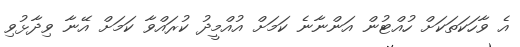
އެ ވާހަކަތަކަށް ހުއްޓުން އަންނާނެ ކަމަށް އުއްމީދު ކުރައްވާ ކަމަށް އޭނާ ވިދާޅުވި